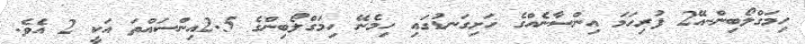
ހިމަގްލޯބިން-އޭ2 ފުރިހަމަ އިންސާނެއްގެ ހަށިގަނޑުގައި ހިމެނޭ ހިމަގްލޯބިންގެ 2.5އިންސައްތަ އަކީ 2 އެވެ.